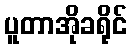
ပူတာအိုခရိုင်